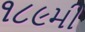
૧૮૯મી